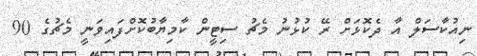
ނިއުކާސަލް އާ ދެކޮޅަށް ރޭ ކުޅުނު މެޗު ސިޓީން ކާމިޔާބުކޮށްފައިވަނީ މެޗުގެ 90